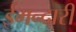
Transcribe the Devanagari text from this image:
ईमन्दारी